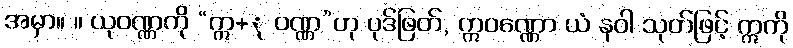
အမှာ။ ။ ယုဝဏ္ဏကို “ဣ+ု ဝဏ္ဏ”ဟု ပုဒ်ဖြတ်, ဣဝဏ္ဏော ယံ နဝါ သုတ်ဖြင့် ဣကို